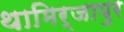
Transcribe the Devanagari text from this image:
थामिर्जापुर